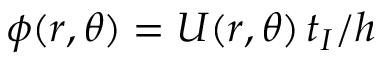
\phi ( r , \theta ) = U ( r , \theta ) \, t _ { I } / h